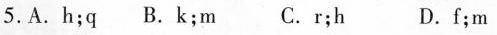
5.A.H;q B.K;m C.r;h D.f;m